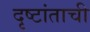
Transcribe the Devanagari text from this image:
दृष्टांताची